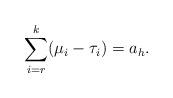
LaTeX: \begin{align*}\sum_{i=r}^k(\mu_i-\tau_i)= a_h.\end{align*}